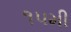
૧પમી